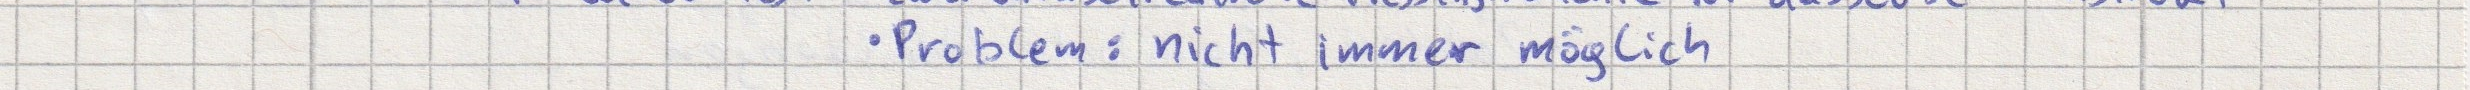
- Problem: nicht immer möglich